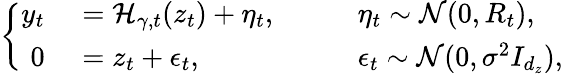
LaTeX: \left\lbrace\begin{array}{rll}{y_{t}\, }&{\, =\mathcal{H}_{\gamma,t}(z_{t})+\eta_{t},\quad\quad}&{\eta_{t}\sim\mathcal{N}(0,R_{t}),}\\ {0\, }&{\, =z_{t}+\epsilon_{t},\quad\quad}&{\epsilon_{t}\sim\mathcal{N}(0,\sigma^{2}I_{d_{z}}),}\end{array}\right.